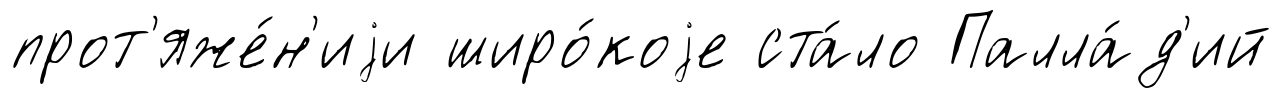
прот'яже́н'иjи широ́коjе ста́ло Палла́д'ий